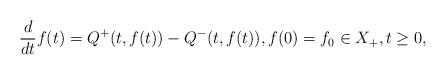
LaTeX: \begin{align*}\frac{d}{dt}f(t)=Q^{+}(t,f(t))-Q^{-}(t,f(t)),f(0)=f_0\in X_{+}, t \geq 0, \end{align*}